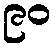
၉၀